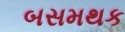
બસમથક